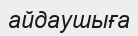
айдаушыға